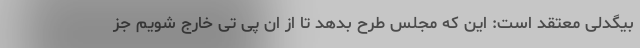
بیگدلی معتقد است: این که مجلس طرح بدهد تا از ان پی تی خارج شویم جز